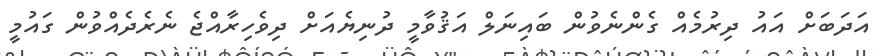
އަދަބަށް އައު ދިރުމެއް ގެންނެވުން ބައިނަލް އަޤުވާމީ ދުނިޔެއަށް ދިވެހިރާއްޖެ ނެރެދެއްވުން ގައުމީ